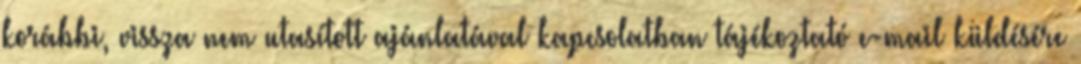
korábbi, vissza nem utasított ajánlatával kapcsolatban tájékoztató e-mail küldésére